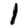
Digit: 1